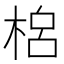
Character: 𣓡